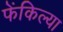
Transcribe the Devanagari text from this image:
फेंकिल्या